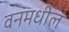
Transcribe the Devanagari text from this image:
वनमधील